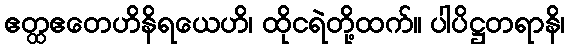
ဧတ္ထဧတေဟိနိရယေဟိ၊ ထိုငရဲတို့ထက်။ ပါပိဋ္ဌတရာနိ၊